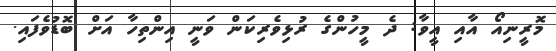
މޮރީނިއޯ އާއި އީވާ: ދެ މީހުންގެ ރުޅިވެރިކަން ވަނީ އިންތިހާ އަށް ބޮޑުވެފައި.